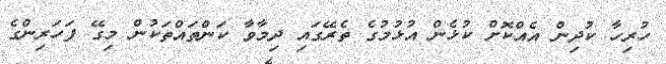
ހުރިހާ ކުދިން އެއްކޮށް ކުޅެން އުޅުމުގެ ތެރޭގައި ދިމާވާ ކަންތައްތަކުން މިގޭ ފަހަރިންގެ